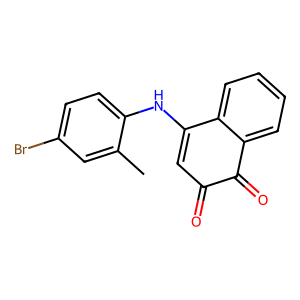
SMILES: Cc1cc(Br)ccc1NC1=CC(=O)C(=O)c2ccccc21
Inhibits HIV replication: No